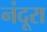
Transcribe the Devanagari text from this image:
नंदूरा